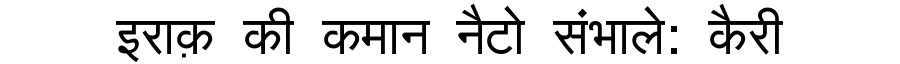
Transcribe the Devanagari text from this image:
इराक़ की कमान नैटो संभाले: कैरी